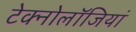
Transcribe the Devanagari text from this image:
टेक्नोलॉजियां